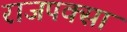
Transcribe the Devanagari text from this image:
राजपक्सा